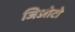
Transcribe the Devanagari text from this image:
जिओटो